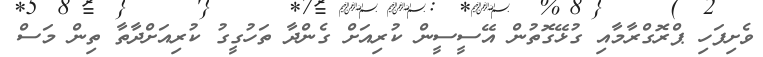
ވެށިފަހި ޕްރޮގްރާމާއި ގުޅޭގޮތުން އޭސީސީން ކުރިއަށް ގެންދާ ތަހުގީގު ކުރިއަށްދާތާ ތިން މަސް